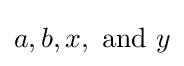
a,b,x,{\text{ and }}y